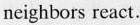
neighbors react.